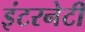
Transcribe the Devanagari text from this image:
इंटरनेटी